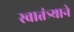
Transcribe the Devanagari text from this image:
स्वातंत्र्याने